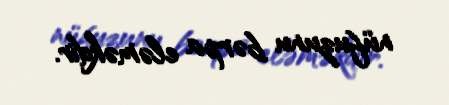
nüfuzunu bərpa eləməkdir.